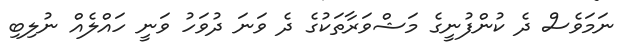
ނަމަވެސް ދެ ކުންފުނީގެ މަޝްވަރާތަކުގެ ދެ ވަނަ ދުވަހު ވަނީ ހައްލެއް ނުލިބި